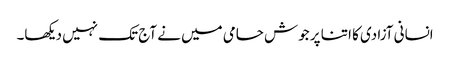
انسانی آزادی کا اتنا پر جوش حامی میں نے آج تک نہیں دیکھا۔